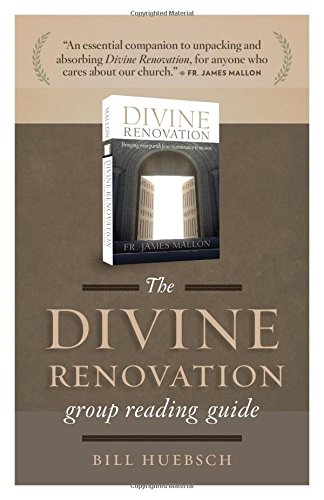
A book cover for Divine Renovation Group Reading Guide; Bill Huebsch; Christian Books & Bibles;